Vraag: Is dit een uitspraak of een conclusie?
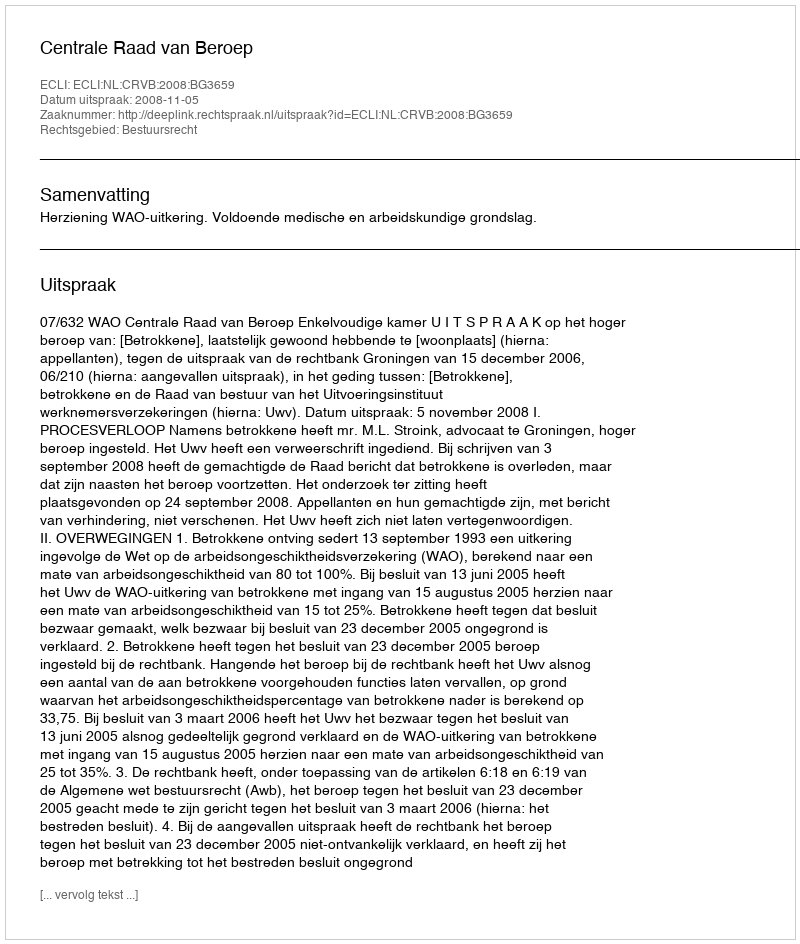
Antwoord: Uitspraak